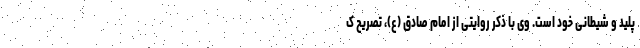
پلید و شیطانی خود است. وی با ذکر روایتی از امام صادق (ع)، تصریح ک